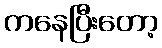
ကနေပြီးတော့